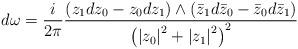
LaTeX: \begin{align*}d\omega =\frac{i}{2\pi }\frac{(z_{1}dz_{0}-z_{0}dz_{1})\wedge (\bar{z}_{1}d\bar{z}_{0}-\bar{z}_{0}d\bar{z}_{1})}{\left( \left\vert z_{0}\right\vert^{2}+\left\vert z_{1}\right\vert ^{2}\right) ^{2}} \end{align*}